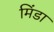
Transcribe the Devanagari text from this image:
मिंडा